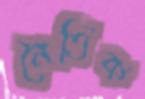
নৈতিক